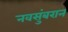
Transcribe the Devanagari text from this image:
नवसुंबरान